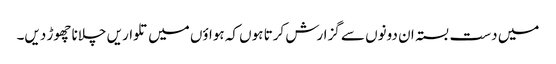
میں دست بستہ ان دونوں سے گزارش کرتا ہوں کہ ہواؤں میں تلواریں چلانا چھوڑ دیں۔